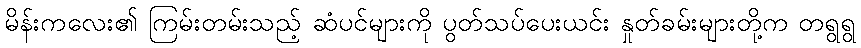
မိန်းကလေး၏ ကြမ်းတမ်းသည့် ဆံပင်များကို ပွတ်သပ်ပေးယင်း နှုတ်ခမ်းများတို့က တရွရွ